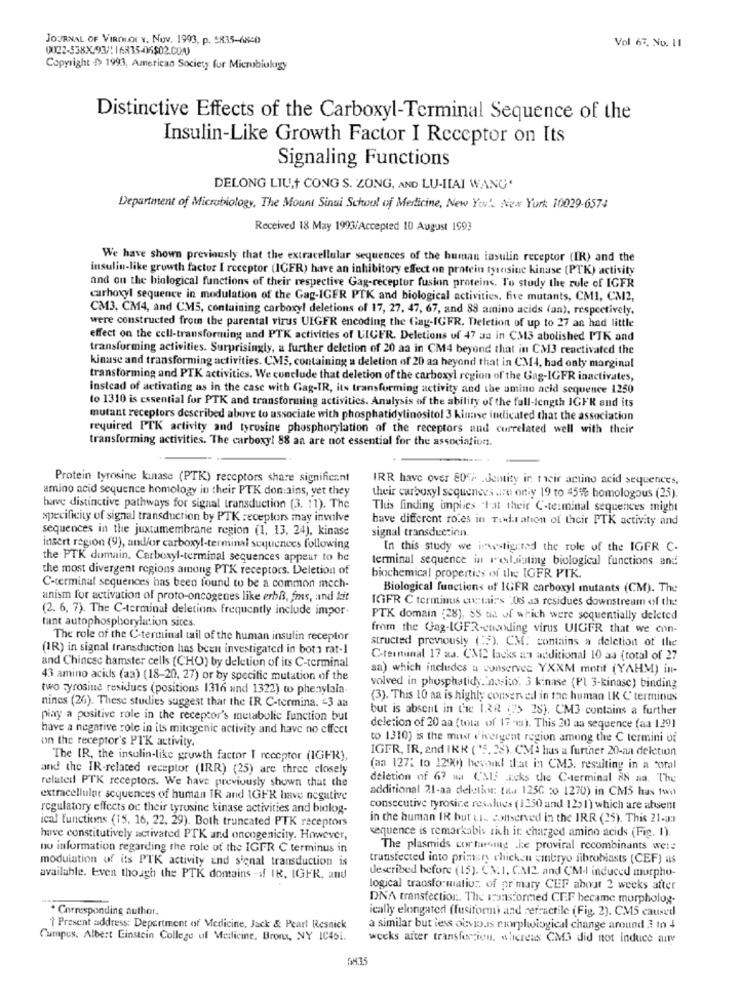
JOURNAL OF VIROLOT Y. NUv. 1993, p. 5835-6840
Vol 67. No. 11
0022-538X.93/ 16835-096502.CON
Copyright $> 1993, American Society for Microbiology
Distinctive Effects of the Carboxyl-Terminal Sequence of the
Insulin-Like Growth Factor I Receptor on Its
Signaling Functions
DELONG LIU,+ CONG S. ZONG, AND LU-IIAI WANG.
Department of Microbiology, The Mount Sinai School of Medicine, New York New York 10029-6574
Received 18 May 1993/Accepted 10 August 1993
We have shown previously that the extracellular sequences of the human insulin receptor (IR) and the
insulin-like growth factor [ receptor (IGFR) have an inhibitory effect on protein tyrosine kinase (PTK) activity
and on the biological functions of their respective Gag-receptor fusion proteins. To study the rule of IGFR
carboxyl sequence in modulation of the Gag-IGER PTK and biological activities, five mutants, CMI, CM2,
CM3. CM4, and CM5, contuining carboxyl deletions of 17, 27, 47, 67, and 88 amino acids (an), respectively,
were constructed from the parental virus UIGFR encoding the Gay-IGFR. Deletion of up to 27 an had little
effect on the cell-transforming and PTK activities of UIGER. Deletions of 47 aa in C33 abolished MTK and
transforming activities. Surprisingly, a further deletion of 20 aa in CM4 beyond that in CM3 reactivated the
kinase and transforming activities. CM5, containing a deletion of 20 aa beyond that in CM4, had only marginal
transforming and PTK activities. We conclude that deletion of the carboxyl region of the Gag-IGFR inactivates,
instead of activating as in the case with Gag-IR, its transforming activity and the amino acid sequence 1250
to 1310 is essential for PTK and transforming activities. Analysis of the ability of the full-length IGFR and its
mutant receptors described above to associate with phosphatidylinositol 3 kinase indicated that the association
required PTK activity and tyrosine phosphorylation of the receptors and correlated well with their
transforming activities. The carboxy! 88 an are not essential for the association.
Protein tyrosine kinase (PTK) receptors share significant
IRR have over 8052 .dentity in their actino acid sequences,
amino acid sequence homology in their PTK domains, yet they
their carboxyl sequences are only 19 to 45% homologous (25).
have distinctive pathways for signal transduction (3. 11). The
Thuis finding implies "lat their C.terminal sequences might
specificity of signal transduction by PTK receptors may involve
have different ro.es in Todas ation of their PTK activity and
sequences in the juxtamembrane region (1, 13, 24), kinase
signal transduction.
insert region (9), and/or carboxyl-terminal sequences following
In this study we investigated the role of the IGFR C.
the PTK domain. Carboxyl-terminal sequences appear to be
terminal sequence in resluiating biological functions and
the most divergent regions among PTK receptors. Deletion of
biochemical properties of the IGFR PTK.
C-terminal sequences has been found to be a common mcch-
Biological functions of IGFR carboxyl mutants (CM). The
anism for activation of proto-oncogenes like erbß, fms, and kit
IGFR C terminus costai:'s 'Os aa residues downstream of the
(2. 6, 7). The C-terminal deletions frequently include impor-
tant autophosphorylation sites.
PTK domain (28). SS ud of which were sequentially deleted
from the Gag-IGFR-enisoding virus UIGFR that we con-
The role of the C-terminal tail of the human insulin receptor
structed previously ( 5). CM: contains a delction of the
(IR) in signal transduction has been investigated in both rat-1
and Chinese hamster cells (CHO) by deletion of its C-terminal
C-terminal 17 aa. CM2 lacks an additional 10 aa (total of 27
aa) which includes a conserver YXXM motif (YAHM) in-
43 amino acids (aa) (18-20, 27) or by specific mutation of the
two tyrosine residues (positions 1316 und 1322) to phenylala
volved in phosphatidy. nosito. 3 kinase (Pl 3-kinase) binding
nincs (26). These studies suggest that the IR C-termina. 43 aa
(3). This 10 ma is highly conserved in the human IR C'terminus
but is absent in the IRR (35 28). CM3 contains a further
piay a positive role in the receptor's metabolic function but
have a negative role in its mitogenic activity and have no effect
deletion of 20 aa (tota of 17 -1). This 20 aa sequence (aa 1.29]
on the receptor's PTK activity.
to 1310) is the most d'ivergent region among the C termini of
IGER, IR, and IRR ("5, 28). CMa has a further 20-aa delction
The IR, the insulin-like growth factor I receptor (IGFR),
and the IR-related receptor (IRR) (25) are three closely
(aa 1271 to 1290) beyond that in CM3. resulting in a total
deletion of 67 na (MIS ceks the C-terminal AS aa. The
related PTK receptors. We have previously shown that the
additional 21-aa deletion tas 125G to 1270) in CM5 has two
extracellular sequences of human IR and 1GFR have negative
regulatory effects oc their tyrosine kinase activities and biolog-
consecutive tyrosine resslues (1350 and 1251) which are absent
ical functions (15, 16, 22, 29). Both truncated PTK receptors
in the human IR but Li, emserved in the IRR (25). This 21-3:1
sequence is remarkabis rich in charged amino acids (Fig. 1).
have constitutively activated PTK and oncogenicity. However,
no information regarding the role of the IGFR C terminus in
The plasmids cortarsing .ke proviral recombinants were
moduiation of its PTK activity und signal transduction is
transfected into primery chicken vinbryo fibroblasts (CEF) as
available. Even though the PTK domains -if IR, IGFR, and
described before (15). CV.1. CM2. and CM-I induced morpho-
logical transformation of primary CEF about 2 weeks after
DNA transfection. The transformed CEF became morpholog-
. Corresponding author.
ically elongated (fusiform) and refractile (Fig. 2). CMS caused
1 Present address: Department of Medicine, Jack & Pearl Resnick
a similar but less obvious corplwlogical change around 3 to 4
Cumpus. Albert Einstein College of Medicine, Bronx, NY IC461.
weeks after transferzion, whereus CM3 did not induce nily
6835